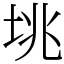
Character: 垗